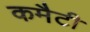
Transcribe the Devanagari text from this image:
कमैटी